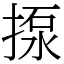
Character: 揼